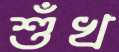
শুঁখ